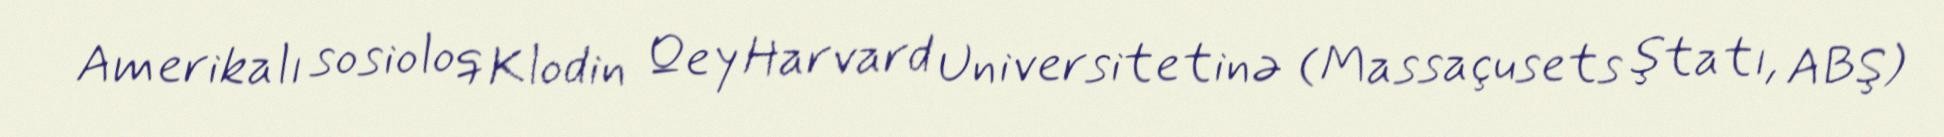
Amerikalı sosioloq Klodin Qey Harvard Universitetinə (Massaçusets ştatı, ABŞ)